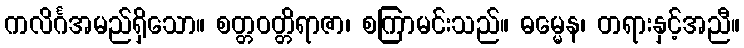
ကလိင်္ဂအမည်ရှိသော။ စတ္တဝတ္တိရာဇာ၊ စကြာမင်းသည်။ ဓမ္မေန၊ တရားနှင့်အညီ။